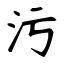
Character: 污